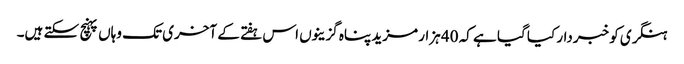
ہنگری کو خبردار کیا گیا ہے کہ 40 ہزار مزید پناہ گزینوں اس ہفتے کے آخری تک وہاں پہنچ سکتے ہیں۔